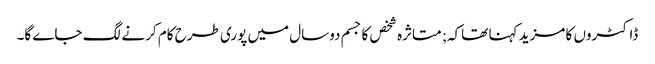
ڈاکٹروں کا مزید کہنا تھاکہ; متاثرہ شخص کا جسم دوسال میں پوری طرح کام کرنے لگ جاے گا۔